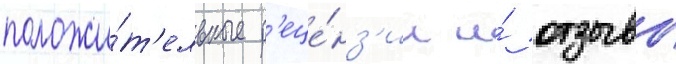
положи́т'ельные р'еце́нз'ии и́ отзывы